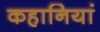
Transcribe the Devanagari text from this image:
कहानियां